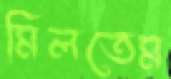
মিলতেম